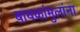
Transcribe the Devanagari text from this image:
बायकांमुलांना